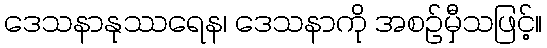
ဒေသနာနုဿရေန၊ ဒေသနာကို အစဉ်မှီသဖြင့်။